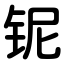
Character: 铌